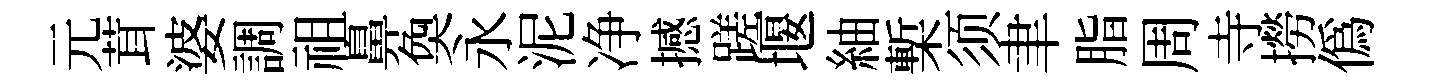
元茸婆調祖鼻奐永泥净撼蹉堰紬槧须聿脂周寺撈偽